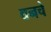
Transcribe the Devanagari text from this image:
वनचे